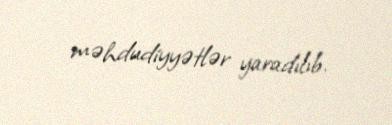
məhdudiyyətlər yaradılıb.